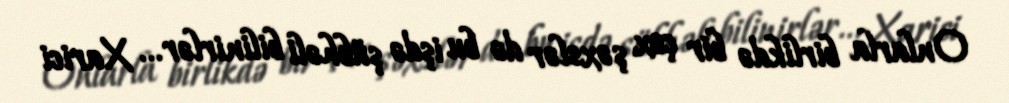
Onlarla birlikdə bir çox şəxslər də bu işdə şübhəli bilinirlər... Xarici